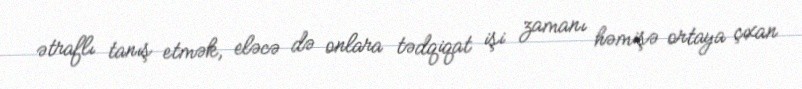
ətraflı tanış etmək, eləcə də onlara tədqiqat işi zamanı həmişə ortaya çıxan